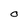
Character: O